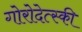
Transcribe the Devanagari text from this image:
गोरोदेत्स्की